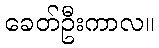
ခေတ်ဦးကာလ။